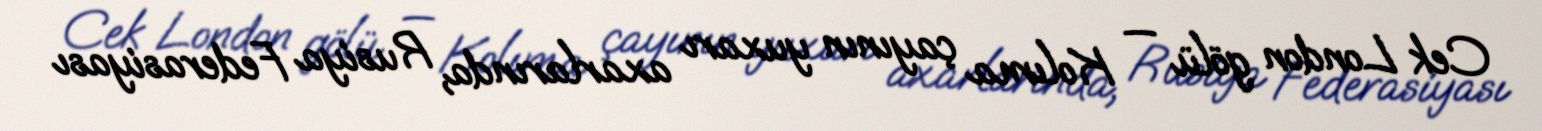
Cek London gölü — Kolıma çayının yuxarı axarlarında, Rusiya Federasiyası